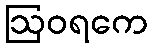
ဩဝရကေ